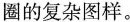
圈的复杂图样。